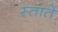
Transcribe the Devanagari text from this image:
स्तातें